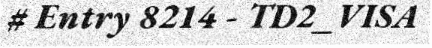
# Entry 8214 - TD2_VISA